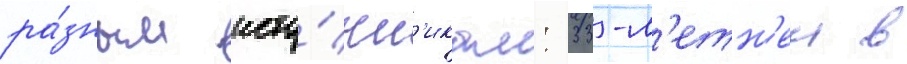
ра́зным исто́чн'икам: 33-л'етн'еи в